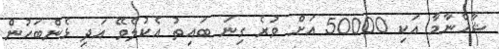
ޝާހްނާމާ އަކި 50000 އަށް ވުރެ ގިނަ ބައިތު އެކުލެވޭ އަދި ޅެންބަހުން